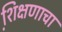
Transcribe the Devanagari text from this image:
शि़क्षणाचा